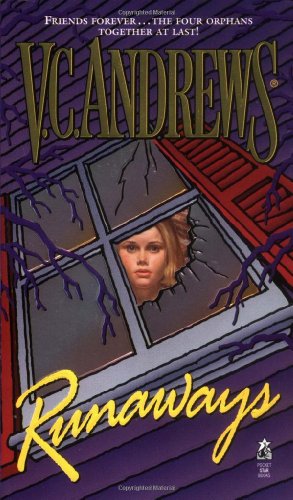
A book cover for Runaways; V.C. Andrews; Literature & Fiction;